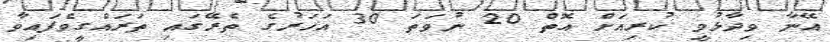
އޭނާ ވިދާޅުވީ ކުރިއަށް އޮތް 20 ނުވަތަ 30 އަހަރުގެ ތެރޭގައި ތަރައްގީވެފައިވާ